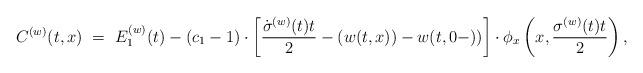
LaTeX: \begin{align*}C^{(w)}(t,x)~=~E^{(w)}_1(t)-(c_1-1)\cdot \left[{\dot{\sigma}^{(w)}(t)t\over 2}-(w(t,x))-w(t,0-)) \right]\cdot\phi_x\left(x,{\sigma^{(w)}(t)t\over 2}\right),\end{align*}